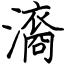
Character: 㵝